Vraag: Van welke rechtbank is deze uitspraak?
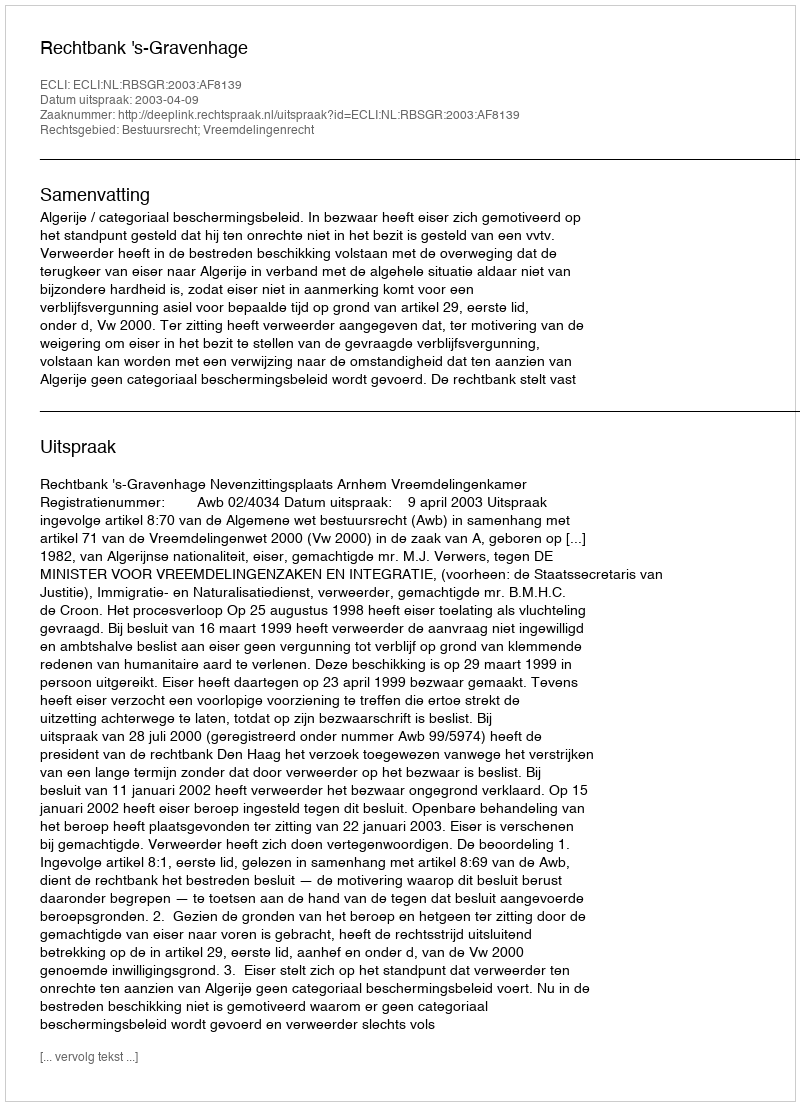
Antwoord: Rechtbank 's-Gravenhage